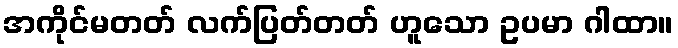
အကိုင်မတတ် လက်ပြတ်တတ် ဟူသော ဥပမာ ဂါထာ။